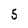
Character: 5